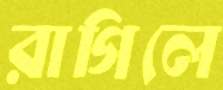
রাগিলে